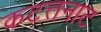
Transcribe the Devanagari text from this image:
कटत्तनाट